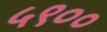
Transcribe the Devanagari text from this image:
५९००